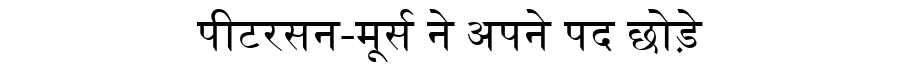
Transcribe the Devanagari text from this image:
पीटरसन-मूर्स ने अपने पद छोड़े